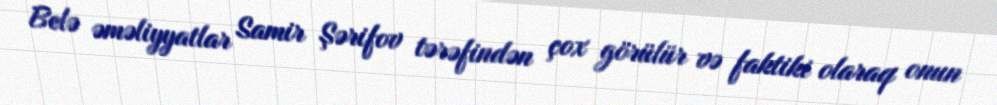
Belə əməliyyatlar Samir Şərifov tərəfindən çox görülür və faktiki olaraq onun